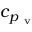
c _ { p _ { \mathrm { ~ v ~ } } }